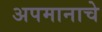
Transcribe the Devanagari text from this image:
अपमानाचे